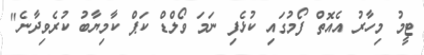
ޓީމު މިހާރު އެއޮތް ފޯމުގައި ކުޅެފި ނަމަ ވޯލްޑް ކަޕް ކާމިޔާބު ކުރެވިދާނެ"